system: You are a helpful assistant.
user:
Analyze the provided spectrum to determine if it is a **Carbon Star (C-type)**.

- **Key Visual Indicators of Carbon Star:**
    - **(Primary):** Strong molecular absorption from **C₂ (diatomic carbon) "Swan Bands."** This is the **defining feature** of a carbon star.
        - **(Key Bandheads):** Sharp absorption edges are visible at approximately $5635$ Å, $5165$ Å (the strongest band), and $4737$ Å.
        - **(Line Profile):** Creates a distinct **"saw-tooth"** pattern. The key morphology is a sharp, steep bandhead on the **red (long-wavelength) side**, which then gradually tapers off (i.e., flux recovers) towards the **blue (short-wavelength) side**. *(This is the direct opposite of the TiO bands seen in M-type stars)*.

    - **(Secondary):** Intense **CN (cyanogen)** molecular absorption bands.
        - **(Key Bandheads):** Located in the blue and violet regions of the spectrum (e.g., near $4215$ Å and $3883$ Å).
        - **(Morphology):** These bands are extremely broad and act as a "blanket," absorbing the vast majority of blue and violet light. This creates a characteristic **"cliff"** or **"steep drop-off"** in the spectrum's flux at short wavelengths.

    - **(Key Confirmation):** Strong **CH absorption band (G-band)**.
        - **(Key Bandhead):** Located around $4300$ Å. The contribution from CH molecules to this band is exceptionally strong.

    - **(Overall Spectrum):**
        - The continuum is severely "chopped up" by these deep molecular bands, especially C₂, rather than appearing as a smooth curve.
        - Due to the heavy CN and C₂ absorption in the blue-green, the vast majority of the star's flux is concentrated in the red part of the spectrum, giving the star its characteristic deep red color.

Think first, call **spectral_visualization_tool** if needed to examine features in detail, then provide your final answer. Your response must adhere to the following strict rules:
1.  **Overall Structure:** Your response must follow the format `<think>...</think> <tool_call>...</tool_call> (if a tool is used) <answer>...</answer>`.
2.  **Tool Usage Constraint:** You may only make **one** tool call per turn.
3.  **Final Answer Format:** In the `<answer>` tag, your conclusion must be inside a `\boxed{}` command (e.g., `\boxed{YES}`), followed by your justification.

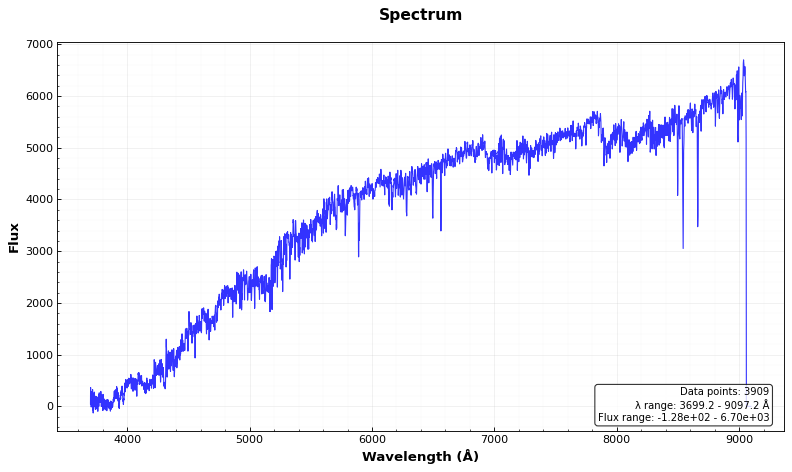
Answer: YES